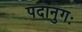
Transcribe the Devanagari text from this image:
पदानुगः